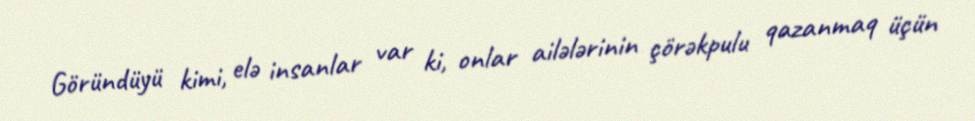
Göründüyü kimi, elə insanlar var ki, onlar ailələrinin çörəkpulu qazanmaq üçün